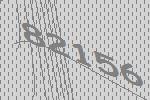
82156